Vaccination returns of the Province of Eastern Bengal and Assam - 1905-1912
Year: 1905
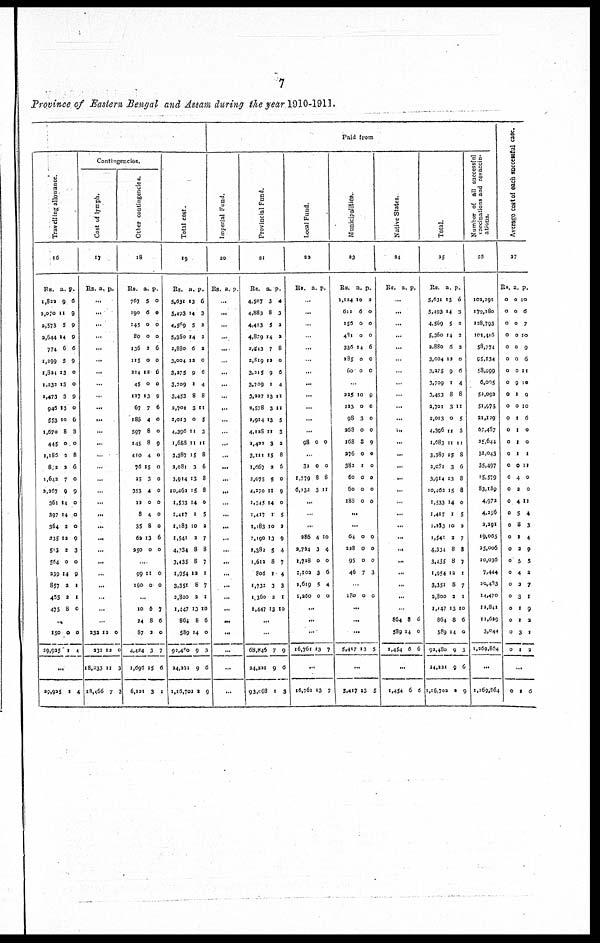
7
Province of Eastern Bengal and Assam during the year 1910-1911.
Paid from
Travelling allowance.
16
Rs.
1,822
2,070
2,573
2,644
774
1,299
1,824
l,232
1,473
946
553
1,670
445
1,185
872
1,643
2,267
361
897
364
235
513
564
239
857
465
475
a.
9
11
5
14
6
5
13
13
3
13
10
8
0
3
2
7
9
14
14
2
12
3
0
14
2
3
8
p.
6
9
9
9
6
9
0
0
9
0
6
3
0
8
6
0
9
0
0
0
9
3
0
9
1
1
0
...
150
29,925
0
1
0
4
...
28,925 1 4
Contingencies.
Cost of lymph.
17
Rs. a. p.
...
...
...
...
...
...
...
...
...
...
...
...
...
...
...
...
...
...
...
...
...
...
...
...
...
...
...
...
232
232
18,333
18,466
12
12
11
7
0
0
3
3
Other contingencies.
18
Rs.
767
190
145
80
136
115
214
45
117
67
186
597
145
410
76
25
353
12
8
35
69
250
a.
5
6
0
0
2
0
12
0
13
7
4
8
8
4
15
3
4
0
4
8
13
0
p.
0
0
0
0
6
0
6
0
9
6
0
0
9
0
0
0
0
0
0
0
6
0
..
99
160
11
0
0
0
...
10
24
87
4,424
1,696
6,121
6
8
3
3
15
3
7
6
0
7
6
1
Total cost.
19
Rs.
5,631
5,493
4,569
5,360
2,880
3,004
3,275
3,709
3,453
2,701
2,013
4,396
1,668
3,387
2,081
3,914
10,462
1,533
1,417
1,183
1,541
4,234
3,435
1,954
3,351
2,800
1,447
864
589
92,480
24,221
1,16,702
a.
13
14
5
14
6
12
9
1
8
3
0
11
11
15
3
13
15
14
1
10
2
8
8
12
8
2
13
8
14
9
9
2
p.
6
3
2
2
3
0
6
4
8
11
5
3
11
8
6
8
8
0
5
3
7
8
7
1
7
1
10
6
0
3
6
9
Imperial Fund.
20
Rs. a p.
...
...
...
...
....
...
...
...
...
...
...
...
...
...
...
...
...
...
...
...
...
...
...
...
...
...
...
...
...
...
...
...
Provincial Fund.
21
Rs.
4,507
4,883
4,413
4,879
2,543
2,819
3,215
3,709
3,227
2,578
1,914
4,128
1,423
3,111
1,667
2,075
4,270
1,345
1,417
1,183
1,190
1,382
l,619
806
1,732
1,360
1,447
a.
3
8
5
14
7
12
9
1
13
3
13
11
3
15
2
5
11
14
1
10
13
5
8
1
3
2
13
p.
4
3
2
2
8
0
6
4
11
11
5
3
2
8
6
0
9
0
5
3
9
4
7
4
3
1
10
...
...
68,846
34,221
93,068
7
9
1
9
6
3
Local Fund.
22
Rs. a. p.
...
...
...
...
...
...
...
...
...
...
...
...
98 0 0
...
32
1,779
6,132
0
8
3
0
8
11
...
...
...
286
2,794
1,728
1,102
1,619
1,260
4
3
0
3
5
0
10
4
0
6
4
0
...
...
...
l6,761 13 7
...
16,761 13 7
Municipalities.
23
Rs.
1,124
611
156
481
336
185
60
a.
10
6
0
0
14
0
0
p.
2
0
0
0
6
0
0
..
225
123
98
263
168
276
382
60
60
188
10
0
3
0
8
0
1
0
0
0
9
0
0
0
9
0
0
0
0
0
...
...
64
228
95
46
0
0
0
7
0
0
0
3
...
180 0 0
...
...
...
5,417 13 5
...
5,417 13 5
Native States.
24
Rs. a. p.
...
...
...
...
...
...
...
...
...
...
...
...
...
...
...
...
...
...
...
...
...
...
...
...
...
...
...
864
589
1,454
8
14
6
6
0
6
...
1,454 6 6
Total.
25
Rs.
5,631
5,493
4,569
5,360
2,880
3,004
3,275
3,709
3,453
9,701
2,013
4,396
1,683
3,387
2,081
3,914
10,469
1,533
1,417
1,133
1,541
4,334
3,435
1,954
3,351
2,800
1,447
864
589
92,480
24,221
1,16,702
a.
13
14
5
14
6
12
9
1
8
3
0
11
11
15
3
13
15
14
1
10
2
8
8
12
8
2
13
8
14
9
9
1
p.
6
3
3
2
3
0
6
4
8
11
5
3
11
8
6
8
8
0
5
2
7
8
7
1
7
1
10
6
0
3
6
9
Number of all successful
vaccinations and revaccin-
ations.
26
102,291
179,280
128,793
101,416
58,774
95,134
58,999
6,005
52,092
51,975
21,129
67,487
21,644
51,043
35,497
15,579
83,189
4,972
4,256
2,291
19,065
25,006
10,036
7,444
20,483
14,470
12,841
11,629
3,044
1,269,864
...
1,269,864
Average cost of each successful case.
27
Rs.
0
0
0
0
0
0
0
0
0
0
0
0
0
0
0
0
0
0
0
0
0
0
0
0
0
0
0
0
0
0
a.
0
0
0
0
0
0
0
9
1
0
1
1
1
1
0
4
2
4
5
8
1
2
5
4
2
3
1
1
3
1
p.
10
6
7
10
9
6
11
10
0
10
6
0
0
1
11
0
0
11
4
3
4
9
5
2
7
1
9
2
1
3
...
0
1
6